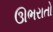
ઊભરાતો